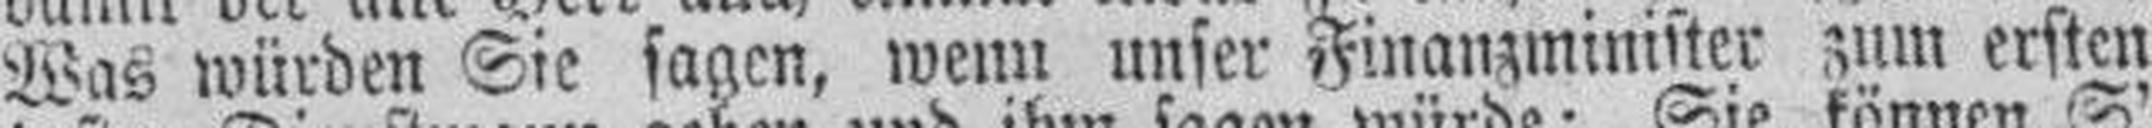
Was würden Sie sagen, wenn unser Finanzminister zum ersten